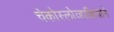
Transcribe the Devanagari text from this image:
चेकोस्लोव्हाकियाने